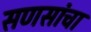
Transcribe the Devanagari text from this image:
सणसांचा